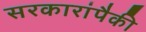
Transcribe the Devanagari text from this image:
सरकारांपैकी